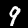
Digit: 9